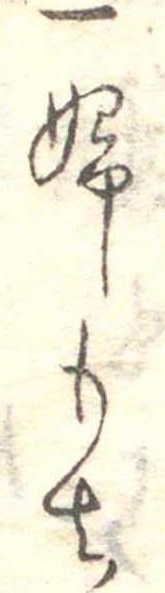
一婦もち